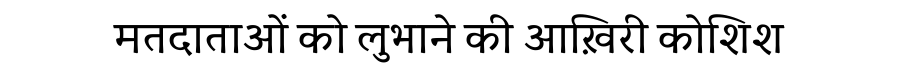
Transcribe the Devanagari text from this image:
मतदाताओं को लुभाने की आख़िरी कोशिश